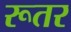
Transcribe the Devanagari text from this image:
रूतर